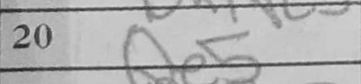
Transcription: Qe5